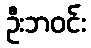
ဦးဘဝင်း